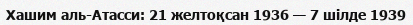
Хашим аль-Атасси: 21 желтоқсан 1936 — 7 шілде 1939